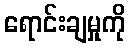
ရောင်းချမှုကို